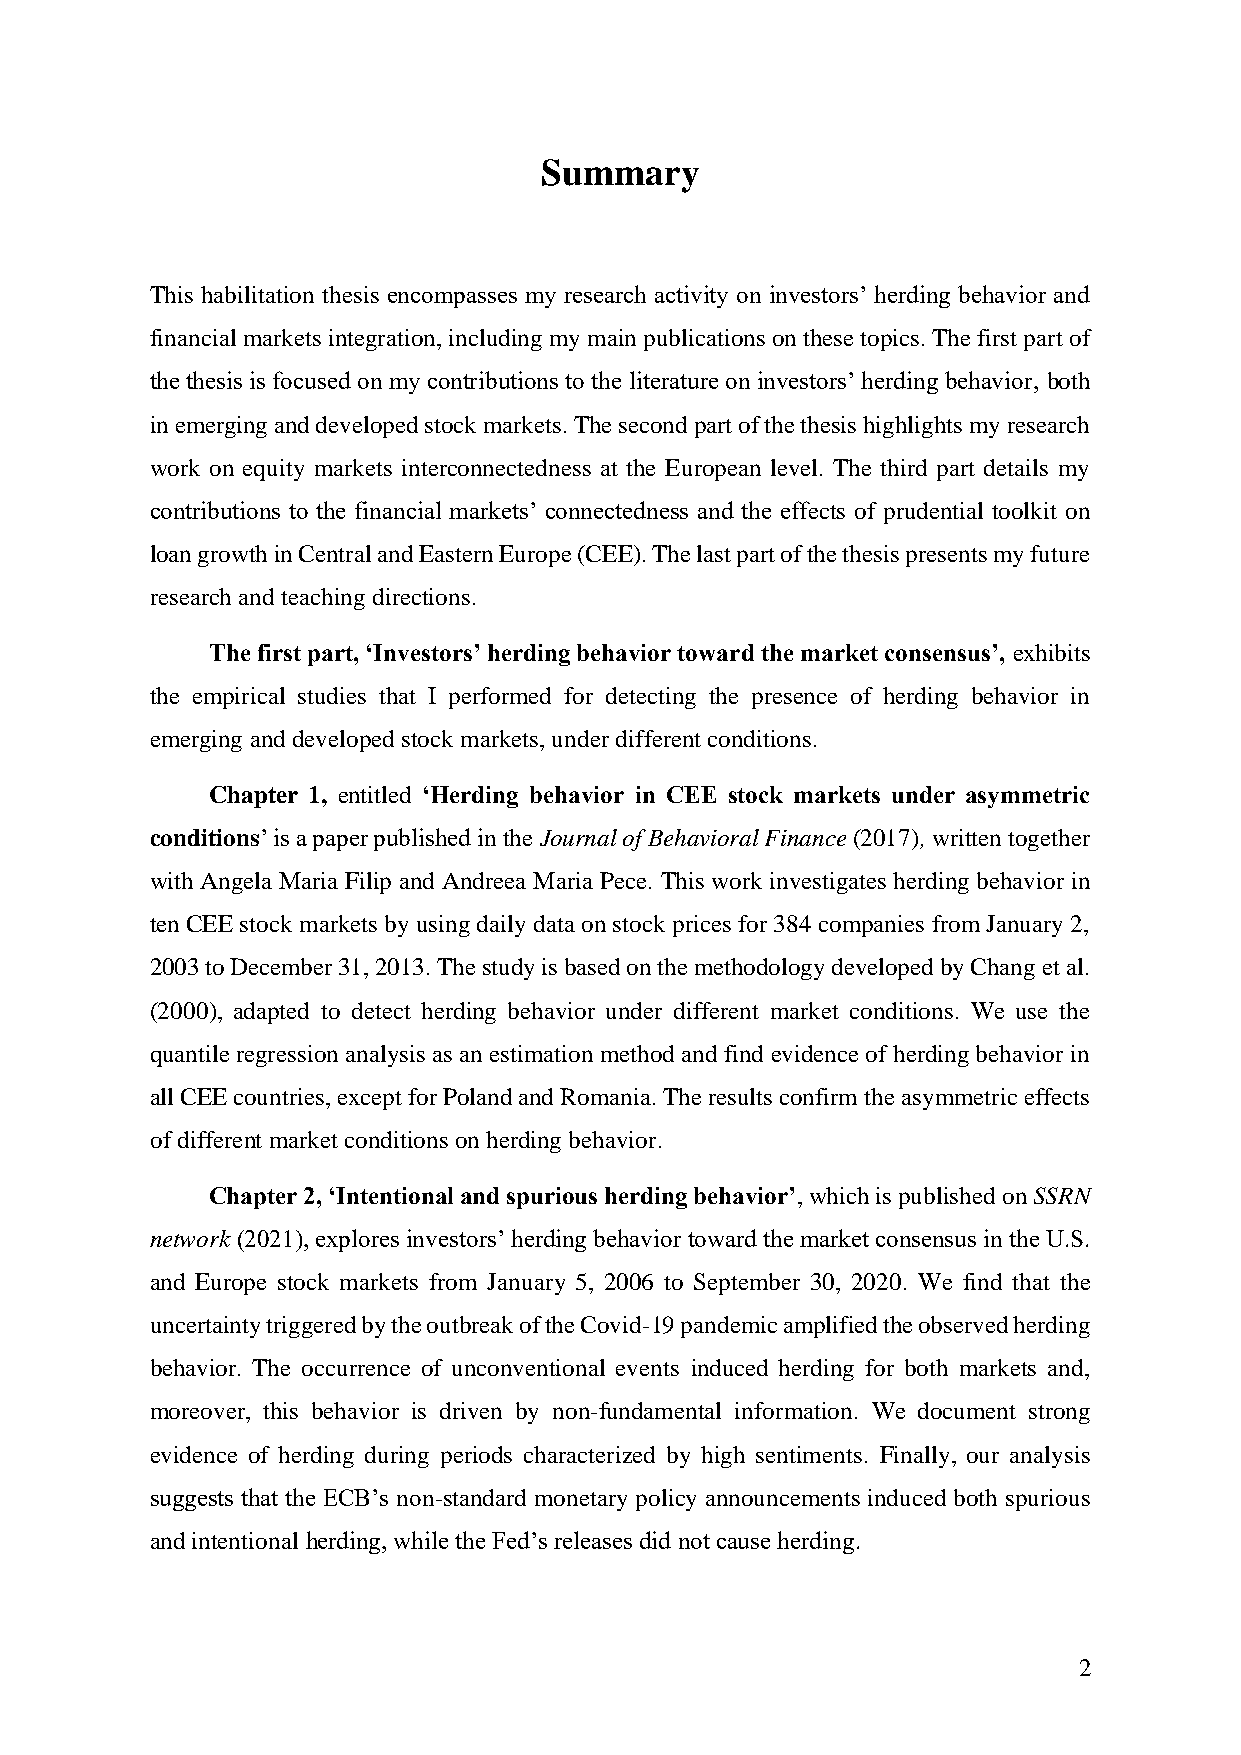
Summary
 This habilitation thesis encompasses my research activity on investors’ herding behavior and
 financial markets integration, including my main publications on these topics. The first part of
 the thesis is focused on my contributions to the literature on investors’ herding behavior, both
 in emerging and developed stock markets. The second part of the thesis highlights my research
 work on equity markets interconnectedness at the European level. The third part details my
 contributions to the financial markets’ connectedness and the effects of prudential toolkit on
 loan growth in Central and Eastern Europe (CEE). The last part of the thesis presents my future
 research and teaching directions.
 The first part, ‘Investors’ herding behavior toward the market consensus’, exhibits
 the empirical studies that I performed for detecting the presence of herding behavior in
 emerging and developed stock markets, under different conditions.
 Chapter 1, entitled ‘Herding behavior in CEE stock markets under asymmetric
 conditions’ is a paper published in the Journal of Behavioral Finance (2017), written together
 with Angela Maria Filip and Andreea Maria Pece. This work investigates herding behavior in
 ten CEE stock markets by using daily data on stock prices for 384 companies from January 2,
 2003 to December 31, 2013. The study is based on the methodology developed by Chang et al.
 (2000), adapted to detect herding behavior under different market conditions. We use the
 quantile regression analysis as an estimation method and find evidence of herding behavior in
 all CEE countries, except for Poland and Romania. The results confirm the asymmetric effects
 of different market conditions on herding behavior.
 Chapter 2, ‘Intentional and spurious herding behavior’, which is published on SSRN
 network (2021), explores investors’ herding behavior toward the market consensus in the U.S.
 and Europe stock markets from January 5, 2006 to September 30, 2020. We find that the
 uncertainty triggered by the outbreak of the Covid-19 pandemic amplified the observed herding
 behavior. The occurrence of unconventional events induced herding for both markets and,
 moreover, this behavior is driven by non-fundamental information. We document strong
 evidence of herding during periods characterized by high sentiments. Finally, our analysis
 suggests that the ECB’s non-standard monetary policy announcements induced both spurious
 and intentional herding, while the Fed’s releases did not cause herding.
 2